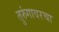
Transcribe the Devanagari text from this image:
तुरुंगावरचा